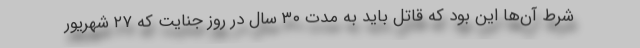
شرط آن‌ها این بود که قاتل باید به مدت ۳۰ سال در روز جنایت که ۲۷ شهریور